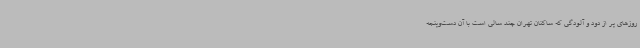
روزهای پر از دود و آلودگی که ساکنان تهران چند سالی است با آن دست‌وپنجه